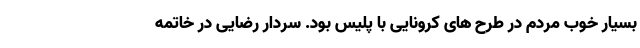
بسیار خوب مردم در طرح های کرونایی با پلیس بود. سردار رضایی در خاتمه